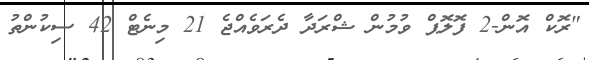
"ރޮކް އޮން-2 ފޮލޮޕް ވުމުން ޝްރަދާ ދެރަވެއްޖެ 21 މިނެޓް 42 ސިކުންތު